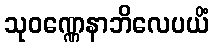
သုဝဏ္ဏေနာဘိလေပယိံ